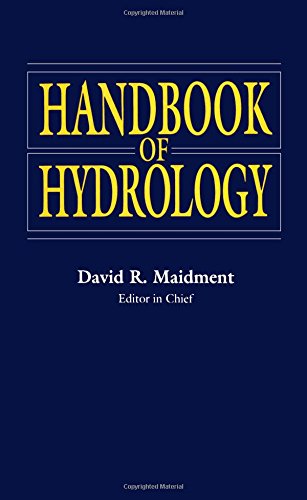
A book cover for Handbook of Hydrology; David Maidment; Science & Math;